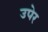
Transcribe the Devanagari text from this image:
उपेर